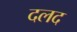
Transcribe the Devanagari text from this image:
दलद